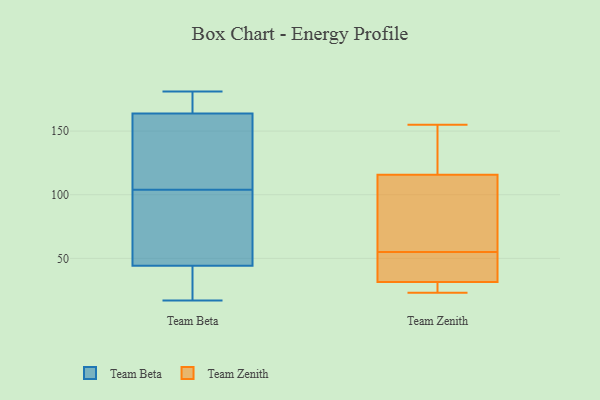
{"axis": {"x": "LTV (USD)", "y": "Value"}, "legend": ["Team Beta", "Team Zenith"], "data": [{"x": "", "y": 172, "type": "Team Beta"}, {"x": "", "y": 17, "type": "Team Beta"}, {"x": "", "y": 181, "type": "Team Beta"}, {"x": "", "y": 142, "type": "Team Beta"}, {"x": "", "y": 78, "type": "Team Beta"}, {"x": "", "y": 104, "type": "Team Beta"}, {"x": "", "y": 169, "type": "Team Beta"}, {"x": "", "y": 84, "type": "Team Beta"}, {"x": "", "y": 33, "type": "Team Beta"}, {"x": "", "y": 148, "type": "Team Beta"}, {"x": "", "y": 29, "type": "Team Beta"}, {"x": "", "y": 23, "type": "Team Zenith"}, {"x": "", "y": 55, "type": "Team Zenith"}, {"x": "", "y": 30, "type": "Team Zenith"}, {"x": "", "y": 153, "type": "Team Zenith"}, {"x": "", "y": 155, "type": "Team Zenith"}, {"x": "", "y": 70, "type": "Team Zenith"}, {"x": "", "y": 24, "type": "Team Zenith"}, {"x": "", "y": 131, "type": "Team Zenith"}, {"x": "", "y": 36, "type": "Team Zenith"}, {"x": "", "y": 40, "type": "Team Zenith"}, {"x": "", "y": 66, "type": "Team Zenith"}]}